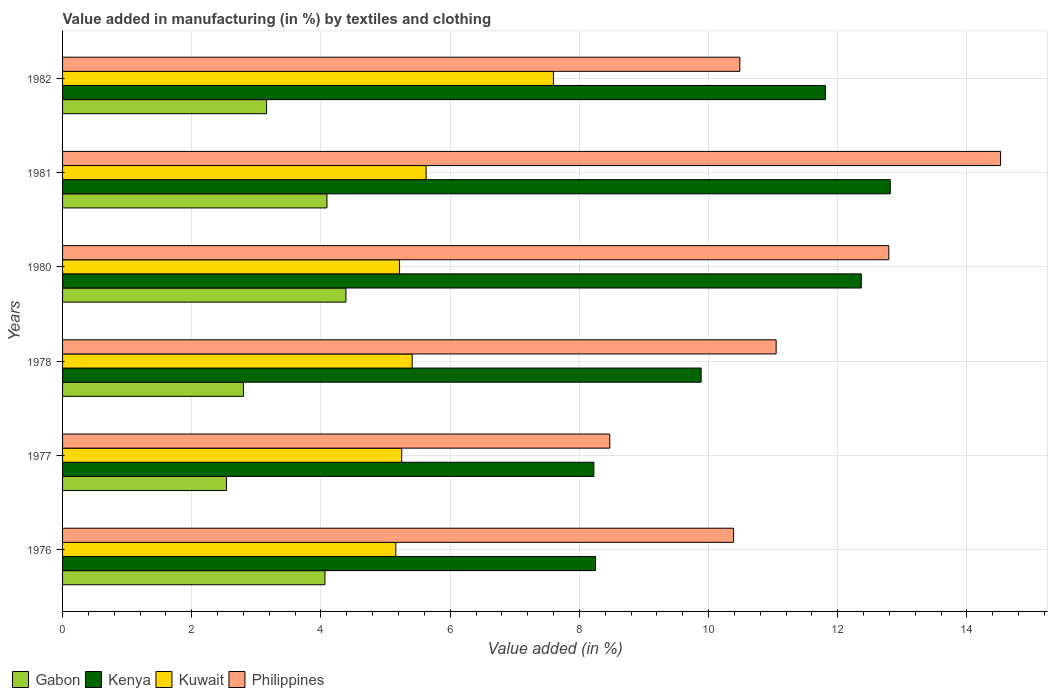
| Years | Gabon | Kenya | Kuwait | Philippines |
 | --- | --- | --- | --- | --- |
 | 1976 | 4.06 | 8.25 | 5.16 | 10.4 |
 | 1977 | 2.54 | 8.22 | 5.25 | 8.47 |
 | 1978 | 2.8 | 9.88 | 5.41 | 11 |
 | 1980 | 4.39 | 12.4 | 5.22 | 12.8 |
 | 1981 | 4.09 | 12.8 | 5.63 | 14.5 |
 | 1982 | 3.16 | 11.8 | 7.6 | 10.5 |